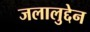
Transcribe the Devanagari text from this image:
जलालुद्देन